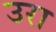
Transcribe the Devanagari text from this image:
उरा